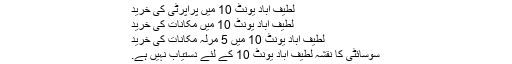
لطیف آباد یونٹ 10 میں پراپرٹی کی خرید
لطیف آباد یونٹ 10 میں مکانات کی خرید
لطیف آباد یونٹ 10 میں 5 مرلہ مکانات کی خرید
سوسائٹی کا نقشہ لطیف آباد یونٹ 10 کے لئے دستیاب نہیں ہے.